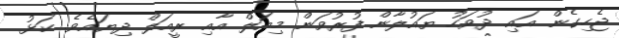
ޖެހިގެން އައި ދުވަހު ޔައުލާން ފުރުވަން މިއަލް އާއި ރީއަލް ދިޔައެވެ. ކަޅު